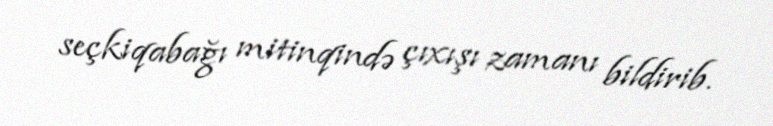
seçkiqabağı mitinqində çıxışı zamanı bildirib.